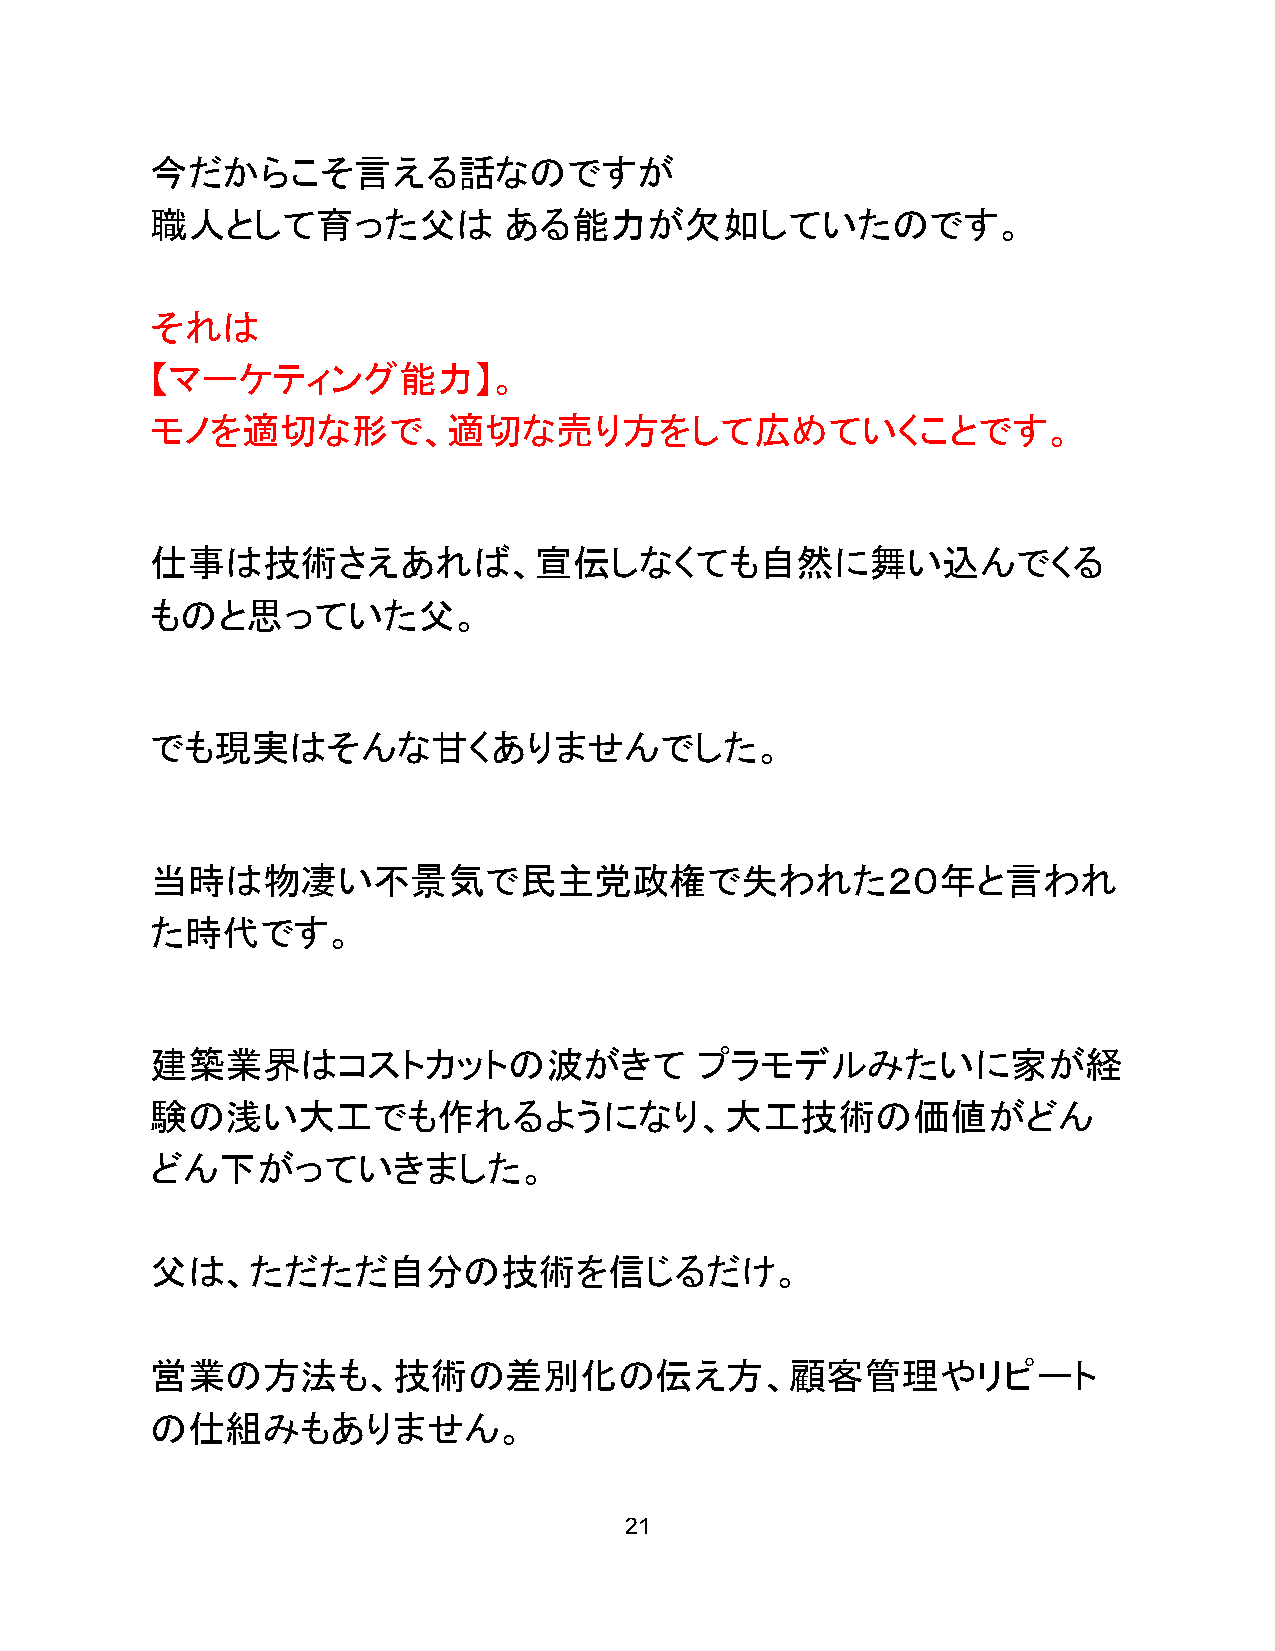
今だからこそ言える話なのですが
 職人として育った父は             ある能力が欠如していたのです。
 それは
 【マーケティング能力】。
 モノを適切な形で、適切な売り方をして広めていくことです。
 仕事は技術さえあれば、宣伝しなくても自然に舞い込んでくる
 ものと思っていた父。
 でも現実はそんな甘くありませんでした。
 当時は物凄い不景気で民主党政権で失われた２０年と言われ
 た時代です。
 建築業界はコストカットの波がきて                    プラモデルみたいに家が経
 験の浅い大工でも作れるようになり、大工技術の価値がどん
 どん下がっていきました。
 父は、ただただ自分の技術を信じるだけ。
 営業の方法も、技術の差別化の伝え方、顧客管理やリピート
 の仕組みもありません。
 21